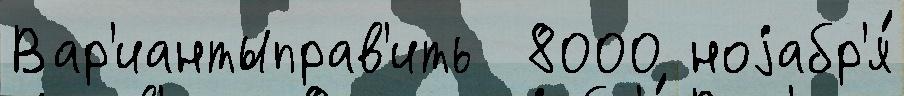
Вар'иантыправ'ить  8000 ноjабр'я́